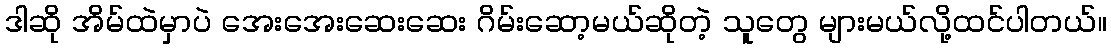
ဒါဆို အိမ်ထဲမှာပဲ အေးအေးဆေးဆေး ဂိမ်းဆော့မယ်ဆိုတဲ့ သူတွေ များမယ်လို့ထင်ပါတယ်။